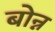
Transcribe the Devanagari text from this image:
बोन्न